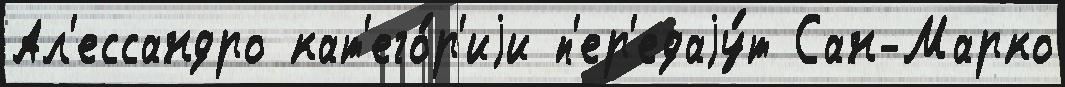
Ал'ессандро кат'его́р'иjи п'ер'едаjу́т Сан-Марко